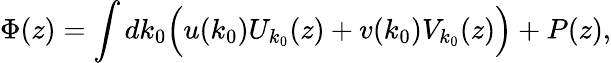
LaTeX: \Phi(z)=\int dk_{0}\Bigl(u(k_{0})U_{k_{0}}(z)+v(k_{0})V_{k_{0}}(z)\Bigr)+P(z),